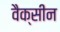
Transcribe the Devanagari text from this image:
वैक्‍सीन